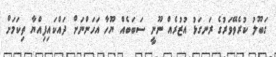
ގަބޫލު ކުރެވޭވަރުގެ ރަނގަޅު އުޒުރެއް ނޫނީ ސަބަބެއް ޔޫހާ އަހަންނަށް ދައްކައިފިއްޔާ ތިކަމަށް